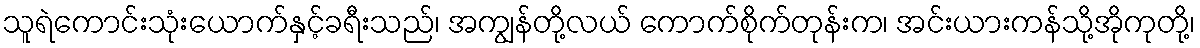
သူရဲကောင်းသုံးယောက်နှင့်ခရီးသည်၊ အကျွန်တို့လယ် ကောက်စိုက်တုန်းက၊ အင်းယားကန်သို့အိုကုတို့၊